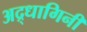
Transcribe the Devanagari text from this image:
अद्र्धागिनी